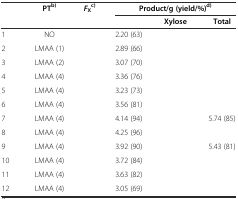
<table><thead><tr><td rowspan="2">[EMPTY_CELL]</td><td rowspan="2"><b>PT<sup>b)</sup></b></td><td rowspan="2"><b><i>F</i><sub>X</sub><sup>c)</sup></b></td><td colspan="3"><b>Product/g (yield/%)<sup>d)</sup></b></td></tr><tr><td>[EMPTY_CELL]</td><td><b>Xylose</b></td><td><b>Total</b></td></tr></thead><tbody><tr><td>1</td><td>NO</td><td>[EMPTY_CELL]</td><td>2.20 (63)</td><td>[EMPTY_CELL]</td><td>[EMPTY_CELL]</td></tr><tr><td>2</td><td>LMAA (1)</td><td>[EMPTY_CELL]</td><td>2.89 (66)</td><td>[EMPTY_CELL]</td><td>[EMPTY_CELL]</td></tr><tr><td>3</td><td>LMAA (2)</td><td>[EMPTY_CELL]</td><td>3.07 (70)</td><td>[EMPTY_CELL]</td><td>[EMPTY_CELL]</td></tr><tr><td>4</td><td>LMAA (4)</td><td>[EMPTY_CELL]</td><td>3.36 (76)</td><td>[EMPTY_CELL]</td><td>[EMPTY_CELL]</td></tr><tr><td>5</td><td>LMAA (4)</td><td>[EMPTY_CELL]</td><td>3.23 (73)</td><td>[EMPTY_CELL]</td><td>[EMPTY_CELL]</td></tr><tr><td>6</td><td>LMAA (4)</td><td>[EMPTY_CELL]</td><td>3.56 (81)</td><td>[EMPTY_CELL]</td><td>[EMPTY_CELL]</td></tr><tr><td>7</td><td>LMAA (4)</td><td>[EMPTY_CELL]</td><td>4.14 (94)</td><td>[EMPTY_CELL]</td><td>5.74 (85)</td></tr><tr><td>8</td><td>LMAA (4)</td><td>[EMPTY_CELL]</td><td>4.25 (96)</td><td>[EMPTY_CELL]</td><td>[EMPTY_CELL]</td></tr><tr><td>9</td><td>LMAA (4)</td><td>[EMPTY_CELL]</td><td>3.92 (90)</td><td>[EMPTY_CELL]</td><td>5.43 (81)</td></tr><tr><td>10</td><td>LMAA (4)</td><td>[EMPTY_CELL]</td><td>3.72 (84)</td><td>[EMPTY_CELL]</td><td>[EMPTY_CELL]</td></tr><tr><td>11</td><td>LMAA (4)</td><td>[EMPTY_CELL]</td><td>3.63 (82)</td><td>[EMPTY_CELL]</td><td>[EMPTY_CELL]</td></tr><tr><td>12</td><td>LMAA (4)</td><td>[EMPTY_CELL]</td><td>3.05 (69)</td><td>[EMPTY_CELL]</td><td>[EMPTY_CELL]</td></tr></tbody></table>